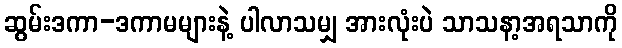
ဆွမ်းဒကာ-ဒကာမများနဲ့ ပါလာသမျှ အားလုံးပဲ သာသနာ့အရသာကို